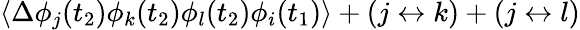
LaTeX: \langle\Delta\phi_{j}(t_{2})\phi_{k}(t_{2})\phi_{l}(t_{2})\phi_{i}(t_{1})\rangle+(j\leftrightarrow k)+(j\leftrightarrow l)